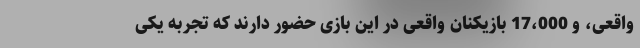
واقعی، و 17،000 بازیکنان واقعی در این بازی حضور دارند که تجربه یکی